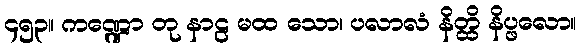
၄၅၃။ ကဏ္ဍော တု နာဠ မထ သော၊ ပလာလံ နိတ္ထိ နိပ္ဖလော။